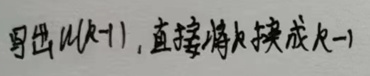
写出$f(k - 1)$, 直接将$k$换成$k - 1$